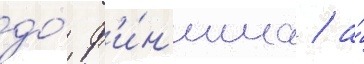
до́ ф'и́н'иша / а́